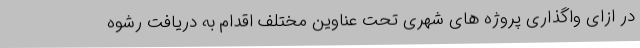
در ازای واگذاری پروژه های شهری تحت عناوین مختلف اقدام به دریافت رشوه